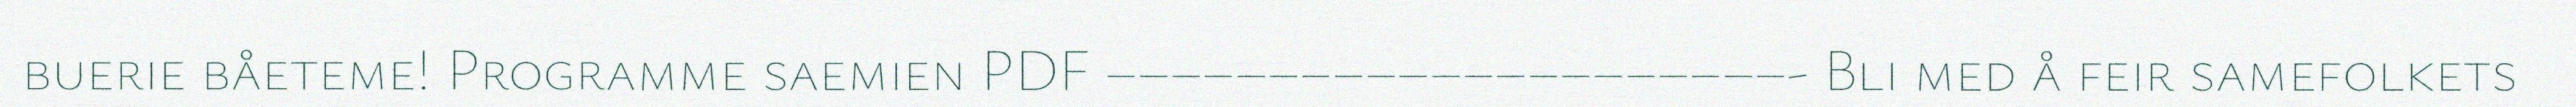
buerie båeteme! Programme saemien PDF –––––––––––––––––––––- Bli med å feir samefolkets